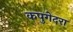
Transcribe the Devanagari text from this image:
कपुगेदरा